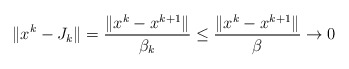
\begin{align*} \|x^k-J_k\|= \frac{\|x^k-x^{k+1}\|}{\beta_k}\le\frac{\|x^k-x^{k+1}\|}{\beta}\to 0\end{align*}